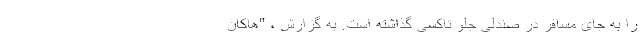
را به جای مسافر در صندلی جلو تاکسی گذاشته است. به گزارش ، "هاکان